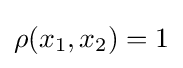
\rho (x_{1},x_{2})=1